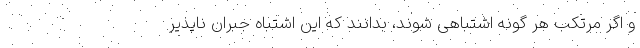
و اگر مرتکب هر گونه اشتباهی شوند، بدانند که این اشتباه جبران ناپذیر